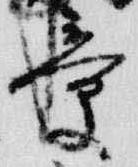
章